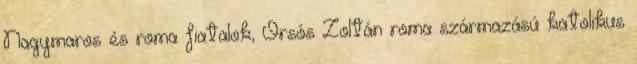
Nagymaros és roma fiatalok, Orsós Zoltán roma származású katolikus